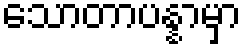
သောတာပန္နာမှာ